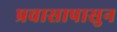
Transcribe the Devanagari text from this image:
प्रवासापासुन